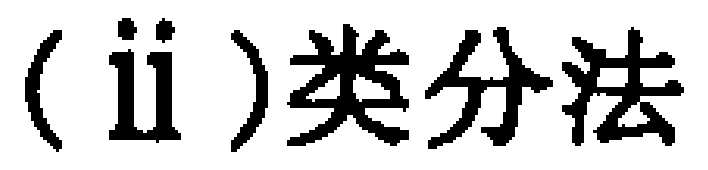
(ii)类分法